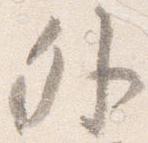
外